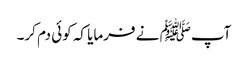
آپﷺ نے فرمایا کہ کوئی دم کر۔